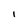
Character: I